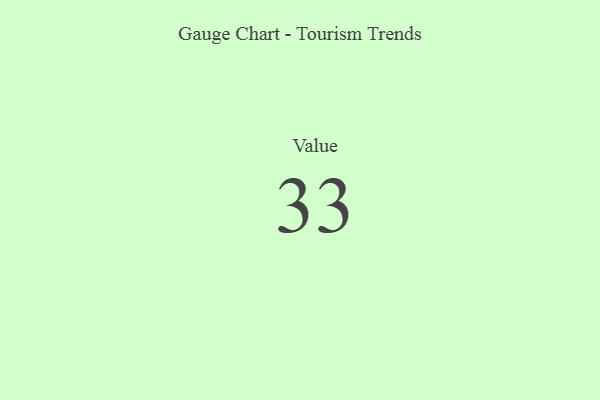
{"axis": {"x": "Metric", "y": "Value"}, "legend": [""], "data": [{"x": "Value", "y": 33, "type": ""}]}